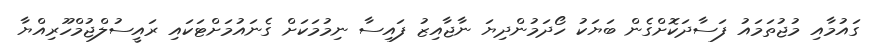
ގައުމާއި މުޖުތަމައު ފަސާދަކޮށްގެން ބަޔަކު ހޯދަމުންދިޔަ ނާޖާއިޒު ފައިސާ ނިމުމަކަށް ގެނައުމަށްޓަކައި ރައީސުލްޖުމްހޫރިއްޔާ